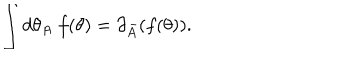
\int d \theta _ { A } \; f ( \theta ) = \partial _ { \bar { A } } ( f ( \theta ) ) .